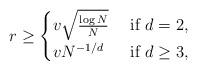
LaTeX: \begin{align*} r\geq \begin{cases} v \sqrt{\frac{\log N}{N}}& \mbox{ if } d=2,\\ vN^{-1/d} & \mbox{ if } d\geq 3, \end{cases}\end{align*}